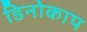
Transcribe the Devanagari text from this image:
डिनोकाप